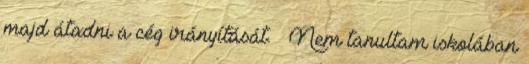
majd átadni a cég irányítását. — Nem tanultam iskolában